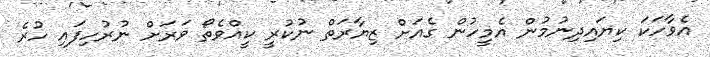
އެވާހަކަ ކިޔައިދިނުމުން އެމީހުން ގެއަށް ޒިޔާރަތް ނުކުރީ ކީއްވެތޯ ވަރަށް ނުރުހިފައި ހުރެ